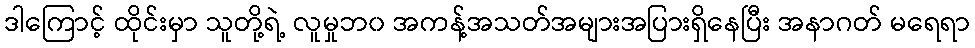
ဒါကြောင့် ထိုင်းမှာ သူတို့ရဲ့ လူမှုဘ၀ အကန့်အသတ်အများအပြားရှိနေပြီး အနာဂတ် မရေရာ